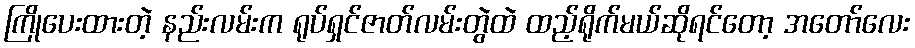
ကြိုပေးထားတဲ့ နည်းလမ်းက ရုပ်ရှင်ဇာတ်လမ်းတွဲထဲ ထည့်ရိုက်မယ်ဆိုရင်တော့ အတော်လေး